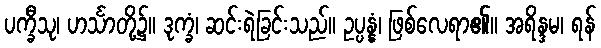
ပက္ခီသု၊ ဟင်္သာတို့၌။ ဒုက္ခံ၊ ဆင်းရဲခြင်းသည်။ ဥပ္ပန္နံ၊ ဖြစ်လေရာ၏။ အရိန္ဒမ၊ ရန်